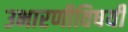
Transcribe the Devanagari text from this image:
उभारणीविषयी